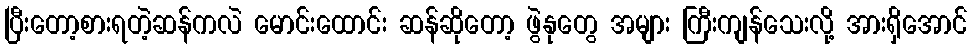
ပြီးတော့စားရတဲ့ဆန်ကလဲ မောင်းထောင်း ဆန်ဆိုတော့ ဖွဲနုတွေ အများ ကြီးကျန်သေးလို့ အားရှိအောင်